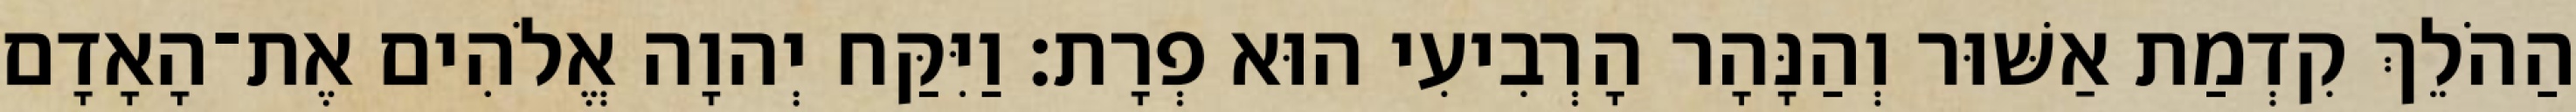
הַהֹלֵךְ קִדְמַת אַשּׁוּר וְהַנָּהָר הָרְבִיעִי הוּא פְרָת׃ וַיִּקַּח יְהוָה אֱלֹהִים אֶת־הָאָדָם